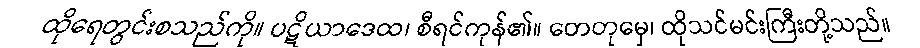
ထိုရေတွင်းစသည်ကို။ ပဋိယာဒေထ၊ စီရင်ကုန်၏။ တေတုမှေ၊ ထိုသင်မင်းကြီးတို့သည်။